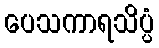
ပေသကာရသိပ္ပံ